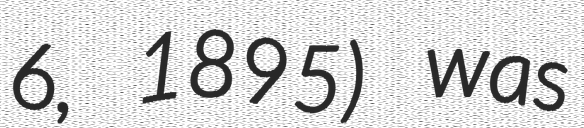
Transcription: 6, 1895) was